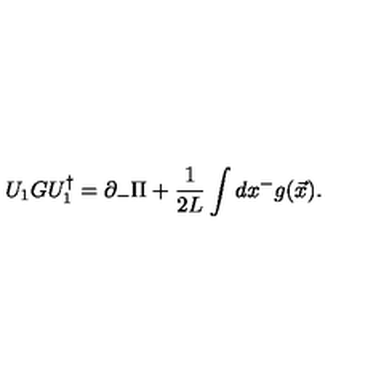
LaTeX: U _ { 1 } G U _ { 1 } ^ { \dagger } = \partial _ { - } \Pi + { \frac { 1 } { 2 L } } \int d x ^ { - } g ( { \vec { x } } ) .